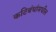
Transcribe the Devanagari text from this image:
कटिबंधांमधील